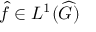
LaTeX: { \widehat { f } } \in L ^ { 1 } ( { \widehat { G } } )